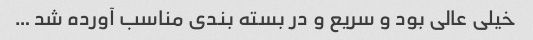
خیلی عالی بود و سریع و در بسته بندی مناسب آورده شد …